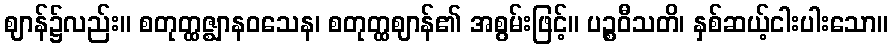
ဈာန်၌လည်း။ စတုတ္ထဇ္ဈာနဝသေန၊ စတုတ္ထဈာန်၏ အစွမ်းဖြင့်။ ပဉ္စဝီသတိ၊ နှစ်ဆယ့်ငါးပါးသော။